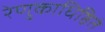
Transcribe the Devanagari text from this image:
रेणुकाधिष्ठितं